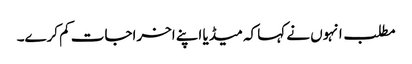
مطلب انہوں نے کہا کہ میڈیا اپنے اخراجات کم کرے۔